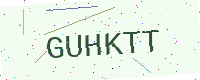
Text: GUHKTT